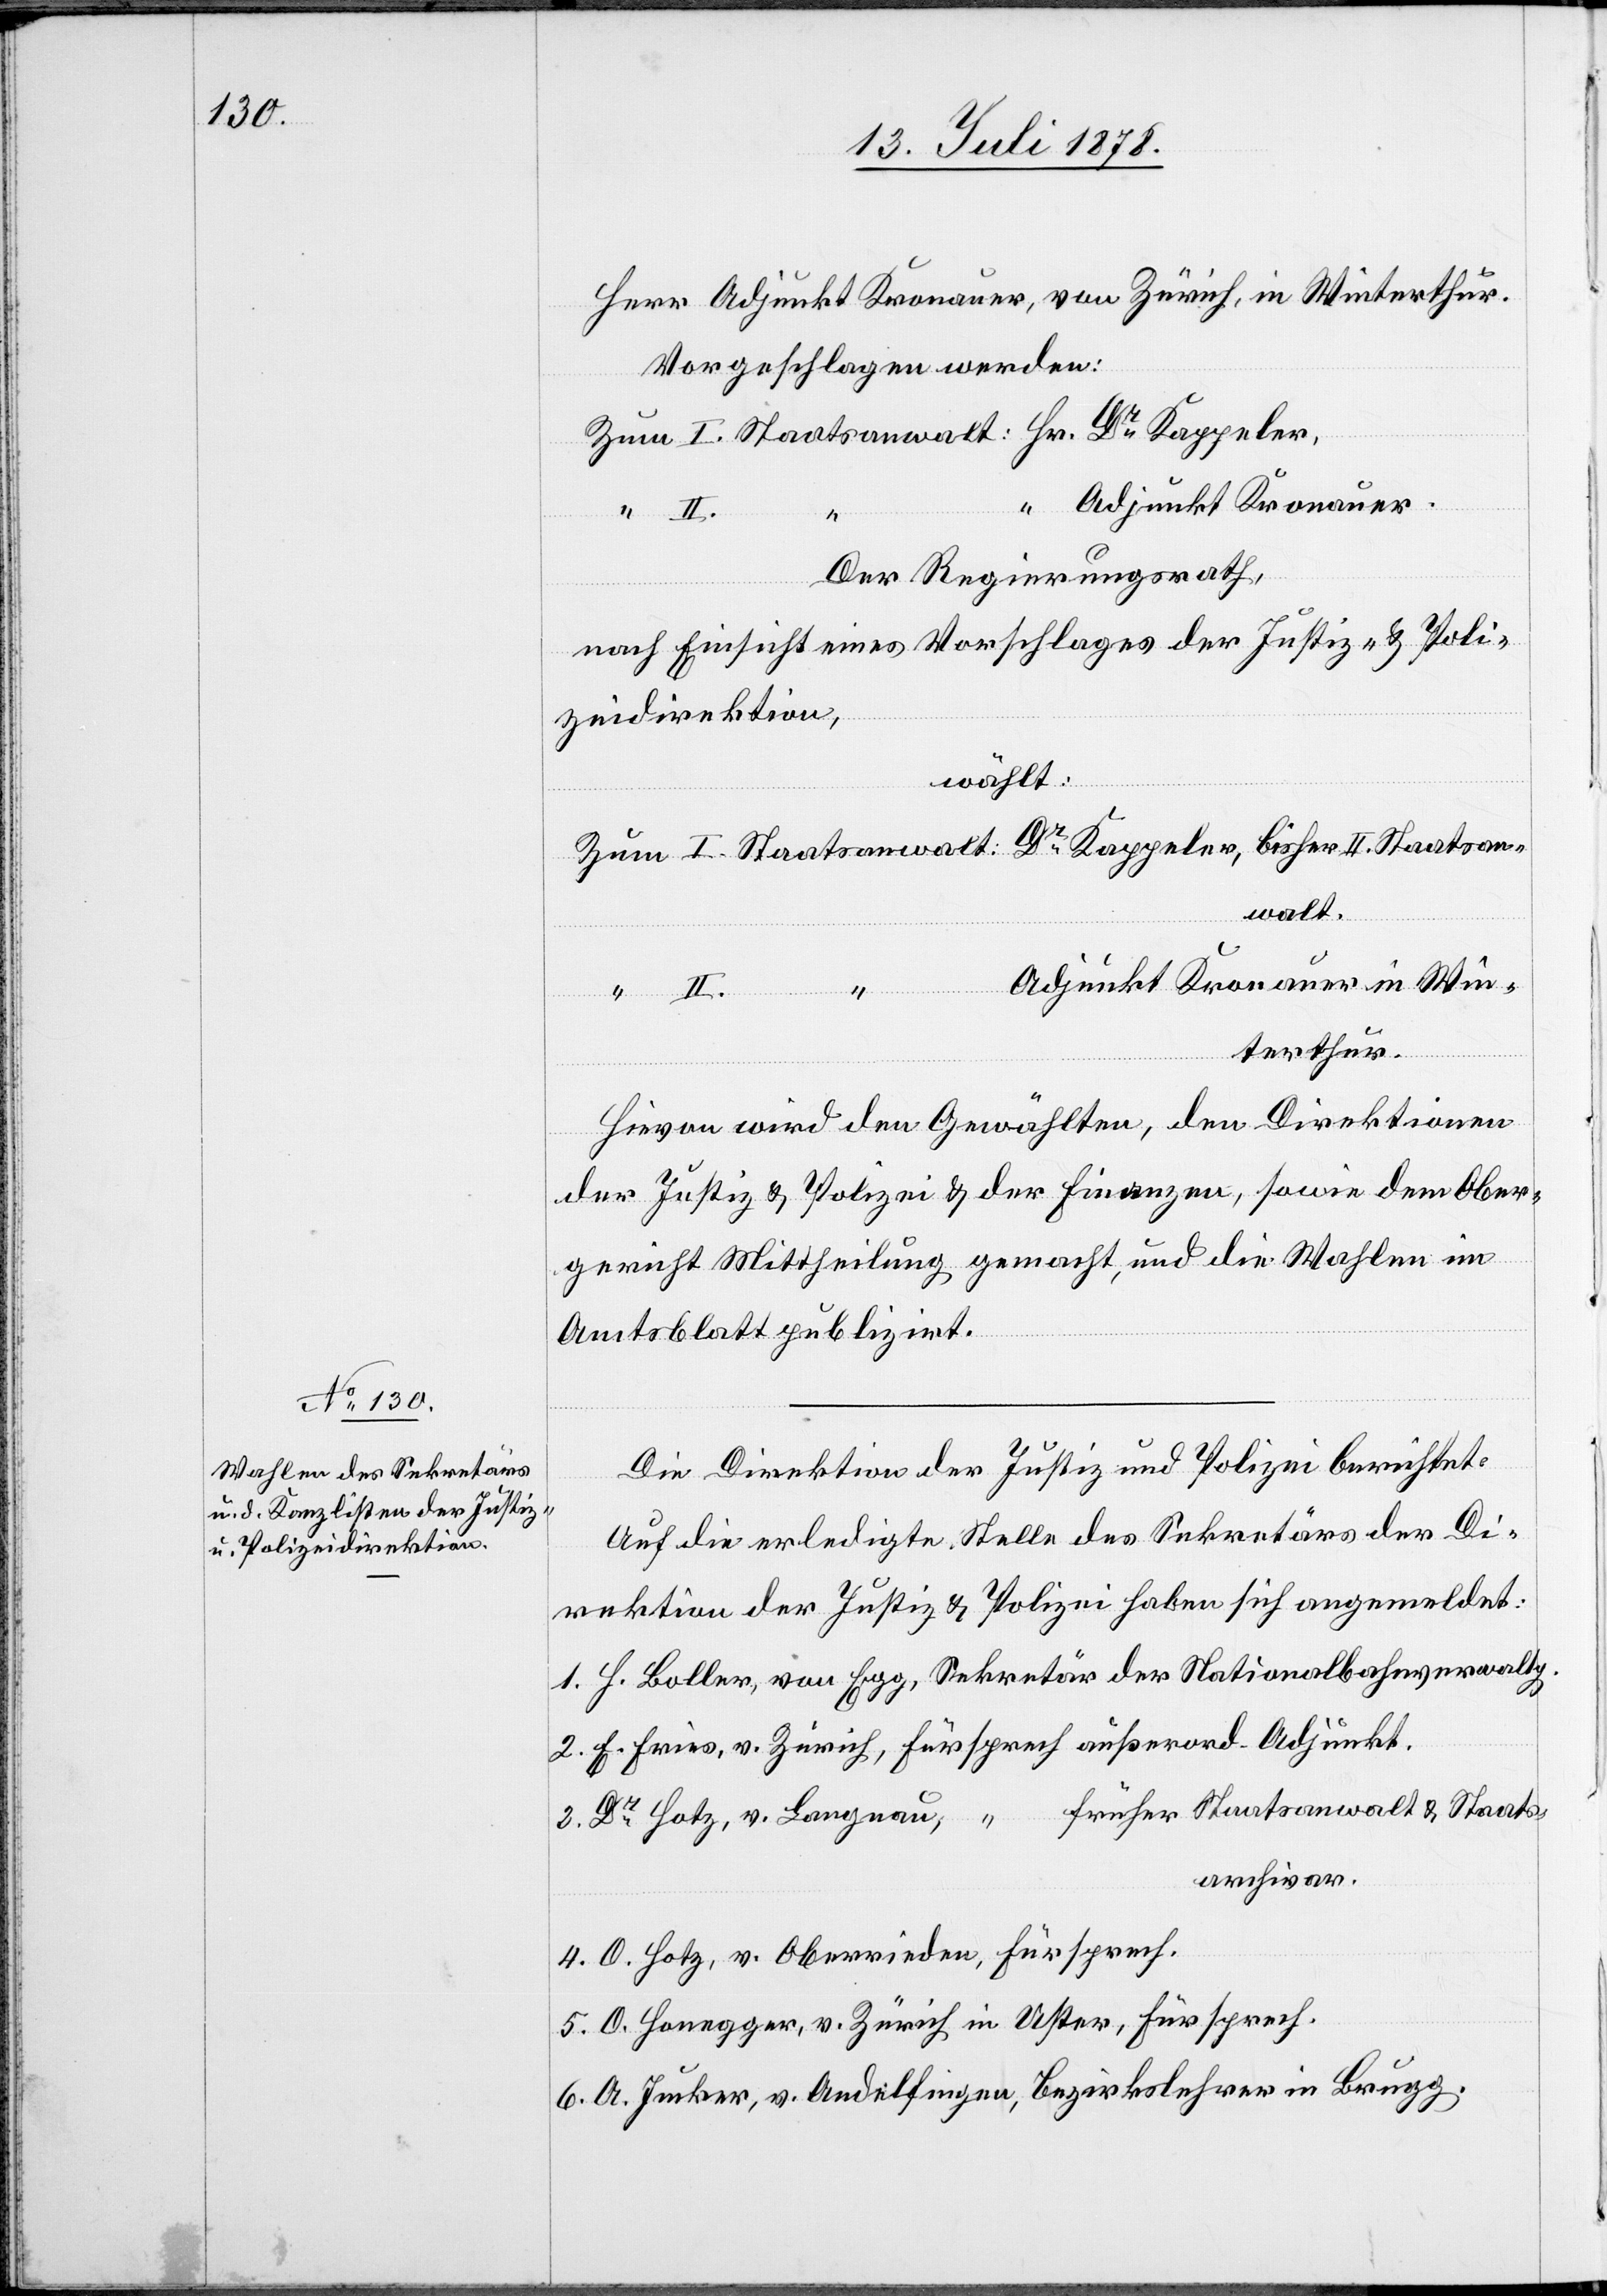
Herr Adjunkt Kronauer, von Zürich, in Winterthur.
Vorgeschlagen werden:
Zum I. Staatsanwalt: Hr. Dr Kappeler,
Adjunkt Kronauer.
Der Regierungsrath,
nach Einsicht eines Vorschlages der Justiz- & Poli¬
zeidirektion,
wählt:
Zum I. Staatsanwalt Dr Kappeler, bisher II. Staatsan¬
walt.
Adjunkt Kronauer in Win¬
terthur.
Hievon wird den Gewählten, den Direktionen
der Justiz & Polizei & der Finanzen, sowie dem Ober¬
gericht Mittheilung gemacht, und die Wahlen im
Amtsblatt publizirt.
Die Direktion der Justiz und Polizei berichtet:
Auf die erledigte Stelle des Sekretärs der Di¬
rektion der Justiz & Polizei haben sich angemeldet:
1. H. Boller, von Egg, Sekretär der Nationalbahnverwaltg.
2. E. Fries, v. Zürich, Fürsprech außerord. Adjunkt.
früher Staatsanwalt & Staats¬
3. Dr Hotz, v. Langnau, “
archivar.
4. O. Hotz, v. Oberrieden, Fürsprech.
5. O. Honegger, v. Zürich in Uster, Fürsprech.
6. A. Jucker, v. Andelfingen, Bezirkslehrer in Brugg.